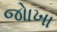
જોાખા